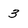
Character: 3